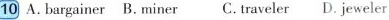
10 A.bargainer B. miner C. traveler D. jeweler